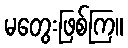
မတွေးဖြစ်ကြ။